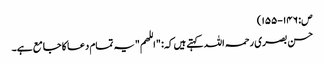
ص: ١٤٦-١٥٥)
حسن بصری رحمہ اللہ کہتے ہیں کہ: "اللھم" یہ تمام دعا کا جامع ہے۔